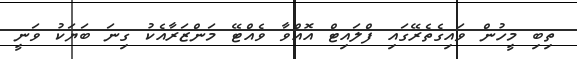
ތިބި މީހުން ވައިގެތެެރޭގައި ފްލައިޓް އޮއްވާ ވެއްޓޭ މަންޒަރާއެކު ގިނަ ބަޔަކު ވަނީ